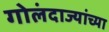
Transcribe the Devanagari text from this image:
गोलंदाज्यांच्या